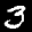
Label: 3